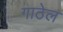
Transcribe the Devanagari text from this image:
गाठेल